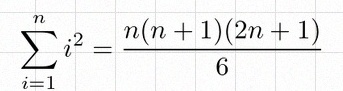
\sum_{i=1}^{n}i^2=\frac{n(n+1)(2n+1)}6